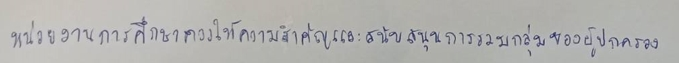
หน่วยงานการศึกษาควรให้ความสำคัญและสนับสนุนการรวมกลุ่มของผู้ปกครอง